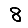
Digit: 8